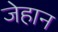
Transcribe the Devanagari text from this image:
जेहान